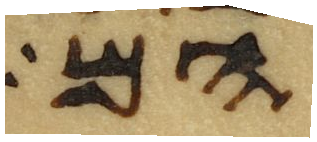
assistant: הם